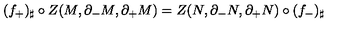
( f _ { + } ) _ { \sharp } \circ Z ( M , \partial _ { - } M , \partial _ { + } M ) = Z ( N , \partial _ { - } N , \partial _ { + } N ) \circ ( f _ { - } ) _ { \sharp }